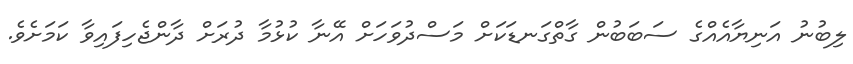
ލިބުނު އަނިޔާއެއްގެ ސަބަބުން ގާތްގަނޑަކަށް މަސްދުވަހަށް އޭނާ ކުޅުމާ ދުރަށް ދާންޖެހިފައިވާ ކަމަށެވެ.